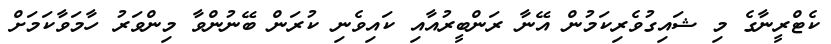
ކެޓްރީނާގެ މި ޝައިގުވެރިކަމުން އޭނާ ރަންބީރުއާއި ކައިވެނި ކުރަން ބޭނުންވާ މިންވަރު ހާމަވާކަމަށް